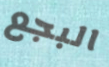
البجع